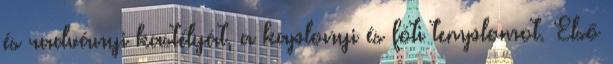
és radványi kastélyát, a kaplonyi és fóti templomot. Első